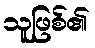
သူဖြစ်၏